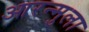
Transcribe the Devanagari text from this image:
आरन्मुला